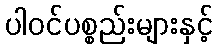
ပါဝင်ပစ္စည်းများနှင့်